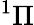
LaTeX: ^1\Pi